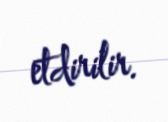
etdirilir.